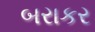
બરાકર